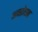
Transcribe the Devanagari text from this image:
अवरोघन